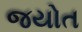
જયોત